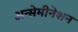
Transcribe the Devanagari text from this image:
अन्सेमीनेशन